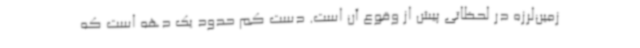
زمین‌لرزه در لحظاتی پیش از وقوع آن است. دست‌ کم حدود یک دهه است که